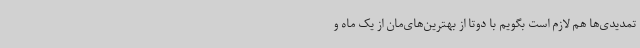
تمدیدی‌ها هم لازم است بگویم با دوتا از بهترین‌های‌مان از یک ماه و